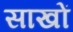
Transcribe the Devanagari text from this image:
साखों